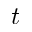
t